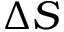
\Delta S